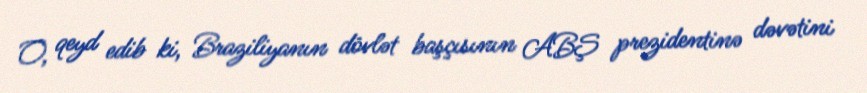
O, qeyd edib ki, Braziliyanın dövlət başçısının ABŞ prezidentinə dəvətini